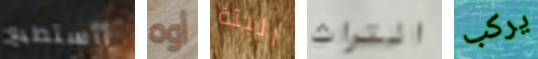
أأستطيع أوه البتة التراث يركب